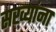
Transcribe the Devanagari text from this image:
सख्यांना